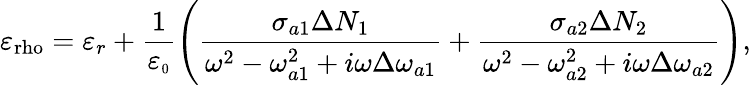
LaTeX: \varepsilon_{\mathrm{rho}}=\varepsilon_{r}+\frac{1}{\varepsilon_{\scriptscriptstyle 0}}\left(\frac{\sigma_{a1}\Delta N_{1}}{\omega^{2}-\omega_{a1}^{2}+i\omega\Delta\omega_{a1}}+\frac{\sigma_{a2}\Delta N_{2}}{\omega^{2}-\omega_{a2}^{2}+i\omega\Delta\omega_{a2}}\right),